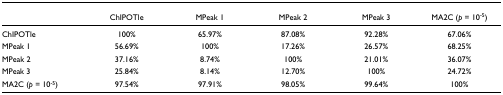
<table><thead><tr><td></td><td><b>ChIPOTle</b></td><td><b>MPeak 1</b></td><td><b>MPeak 2</b></td><td><b>MPeak 3</b></td><td><b>MA2C (<i>p </i>= 10<sup>-5</sup>)</b></td></tr></thead><tbody><tr><td>ChIPOTle</td><td>100%</td><td>65.97%</td><td>87.08%</td><td>92.28%</td><td>67.06%</td></tr><tr><td>MPeak 1</td><td>56.69%</td><td>100%</td><td>17.26%</td><td>26.57%</td><td>68.25%</td></tr><tr><td>MPeak 2</td><td>37.16%</td><td>8.74%</td><td>100%</td><td>21.01%</td><td>36.07%</td></tr><tr><td>MPeak 3</td><td>25.84%</td><td>8.14%</td><td>12.70%</td><td>100%</td><td>24.72%</td></tr><tr><td>MA2C (<i>p </i>= 10<sup>-5</sup>)</td><td>97.54%</td><td>97.91%</td><td>98.05%</td><td>99.64%</td><td>100%</td></tr></tbody></table>